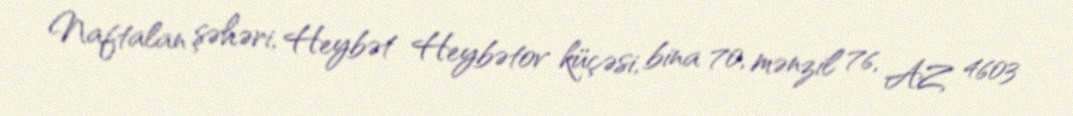
Naftalan şəhəri, Heybət Heybətov küçəsi, bina 70, mənzil 76, AZ 4603